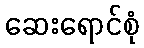
ဆေးရောင်စုံ